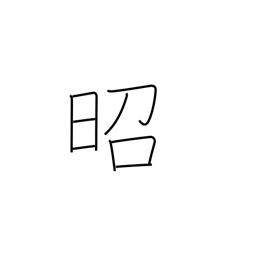
Meaning: shining